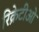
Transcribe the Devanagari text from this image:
रिक्रेटीओ